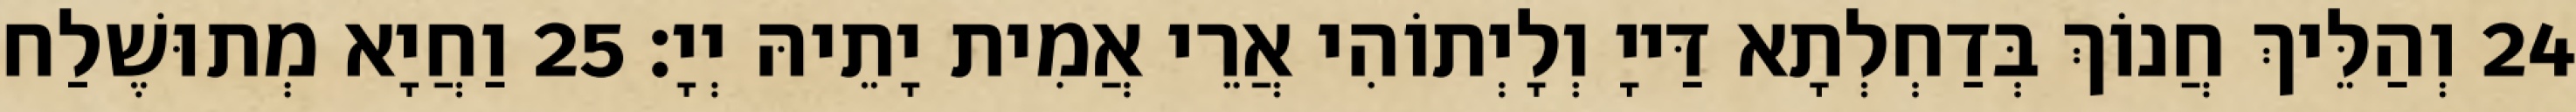
24 וְהַלֵּיךְ חֲנוֹךְ בְּדַחְלְתָא דַּייָ וְלָיְתוֹהִי אֲרֵי אֲמִית יָתֵיהּ יְיָ׃ 25 וַחֲיָא מְתוּשֶׁלַח